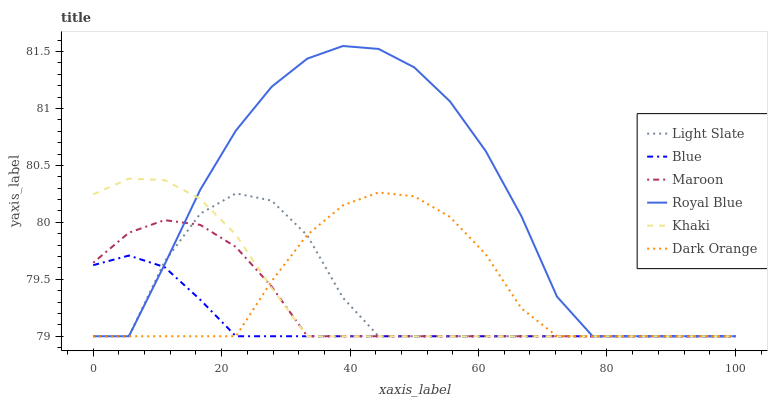
| xaxis_label | Light Slate | Blue | Maroon | Royal Blue | Khaki | Dark Orange |
 | --- | --- | --- | --- | --- | --- | --- |
 | 0 | 79 | 79.6 | 79.6 | 79 | 80.2 | 79 |
 | 5.56 | 79 | 79.7 | 79.9 | 79 | 80.4 | 79 |
 | 11.1 | 79.7 | 79.6 | 80 | 79.6 | 80.4 | 79 |
 | 16.7 | 80.1 | 79.3 | 80 | 80.3 | 80.2 | 79 |
 | 22.2 | 80.3 | 79 | 79.8 | 80.8 | 79.9 | 79 |
 | 27.8 | 80.2 | 79 | 79.4 | 81.2 | 79.4 | 79.5 |
 | 33.3 | 79.9 | 79 | 79 | 81.4 | 79 | 79.9 |
 | 38.9 | 79.3 | 79 | 79 | 81.5 | 79 | 80.1 |
 | 44.4 | 79 | 79 | 79 | 81.5 | 79 | 80.3 |
 | 50 | 79 | 79 | 79 | 81.4 | 79 | 80.2 |
 | 55.6 | 79 | 79 | 79 | 81.1 | 79 | 80 |
 | 61.1 | 79 | 79 | 79 | 80.6 | 79 | 79.7 |
 | 66.7 | 79 | 79 | 79 | 80.1 | 79 | 79.2 |
 | 72.2 | 79 | 79 | 79 | 79.3 | 79 | 79 |
 | 77.8 | 79 | 79 | 79 | 79 | 79 | 79 |
 | 83.3 | 79 | 79 | 79 | 79 | 79 | 79 |
 | 88.9 | 79 | 79 | 79 | 79 | 79 | 79 |
 | 94.4 | 79 | 79 | 79 | 79 | 79 | 79 |
 | 100 | 79 | 79 | 79 | 79 | 79 | 79 |